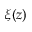
\xi ( z )